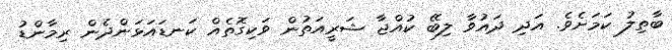
ބާތިލު ކަމަށެވެ. އަދި ދައުވާ ލިބޭ ކުއްޖާ ޝަރީއަތުން ވަކިގޮތެއް ކަނޑައަޅަންދެން ރިމާންޑު